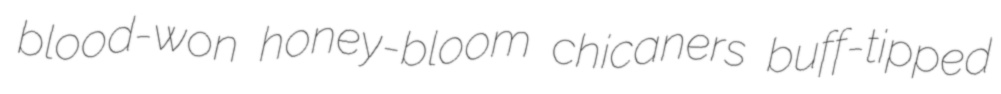
blood-won honey-bloom chicaners buff-tipped